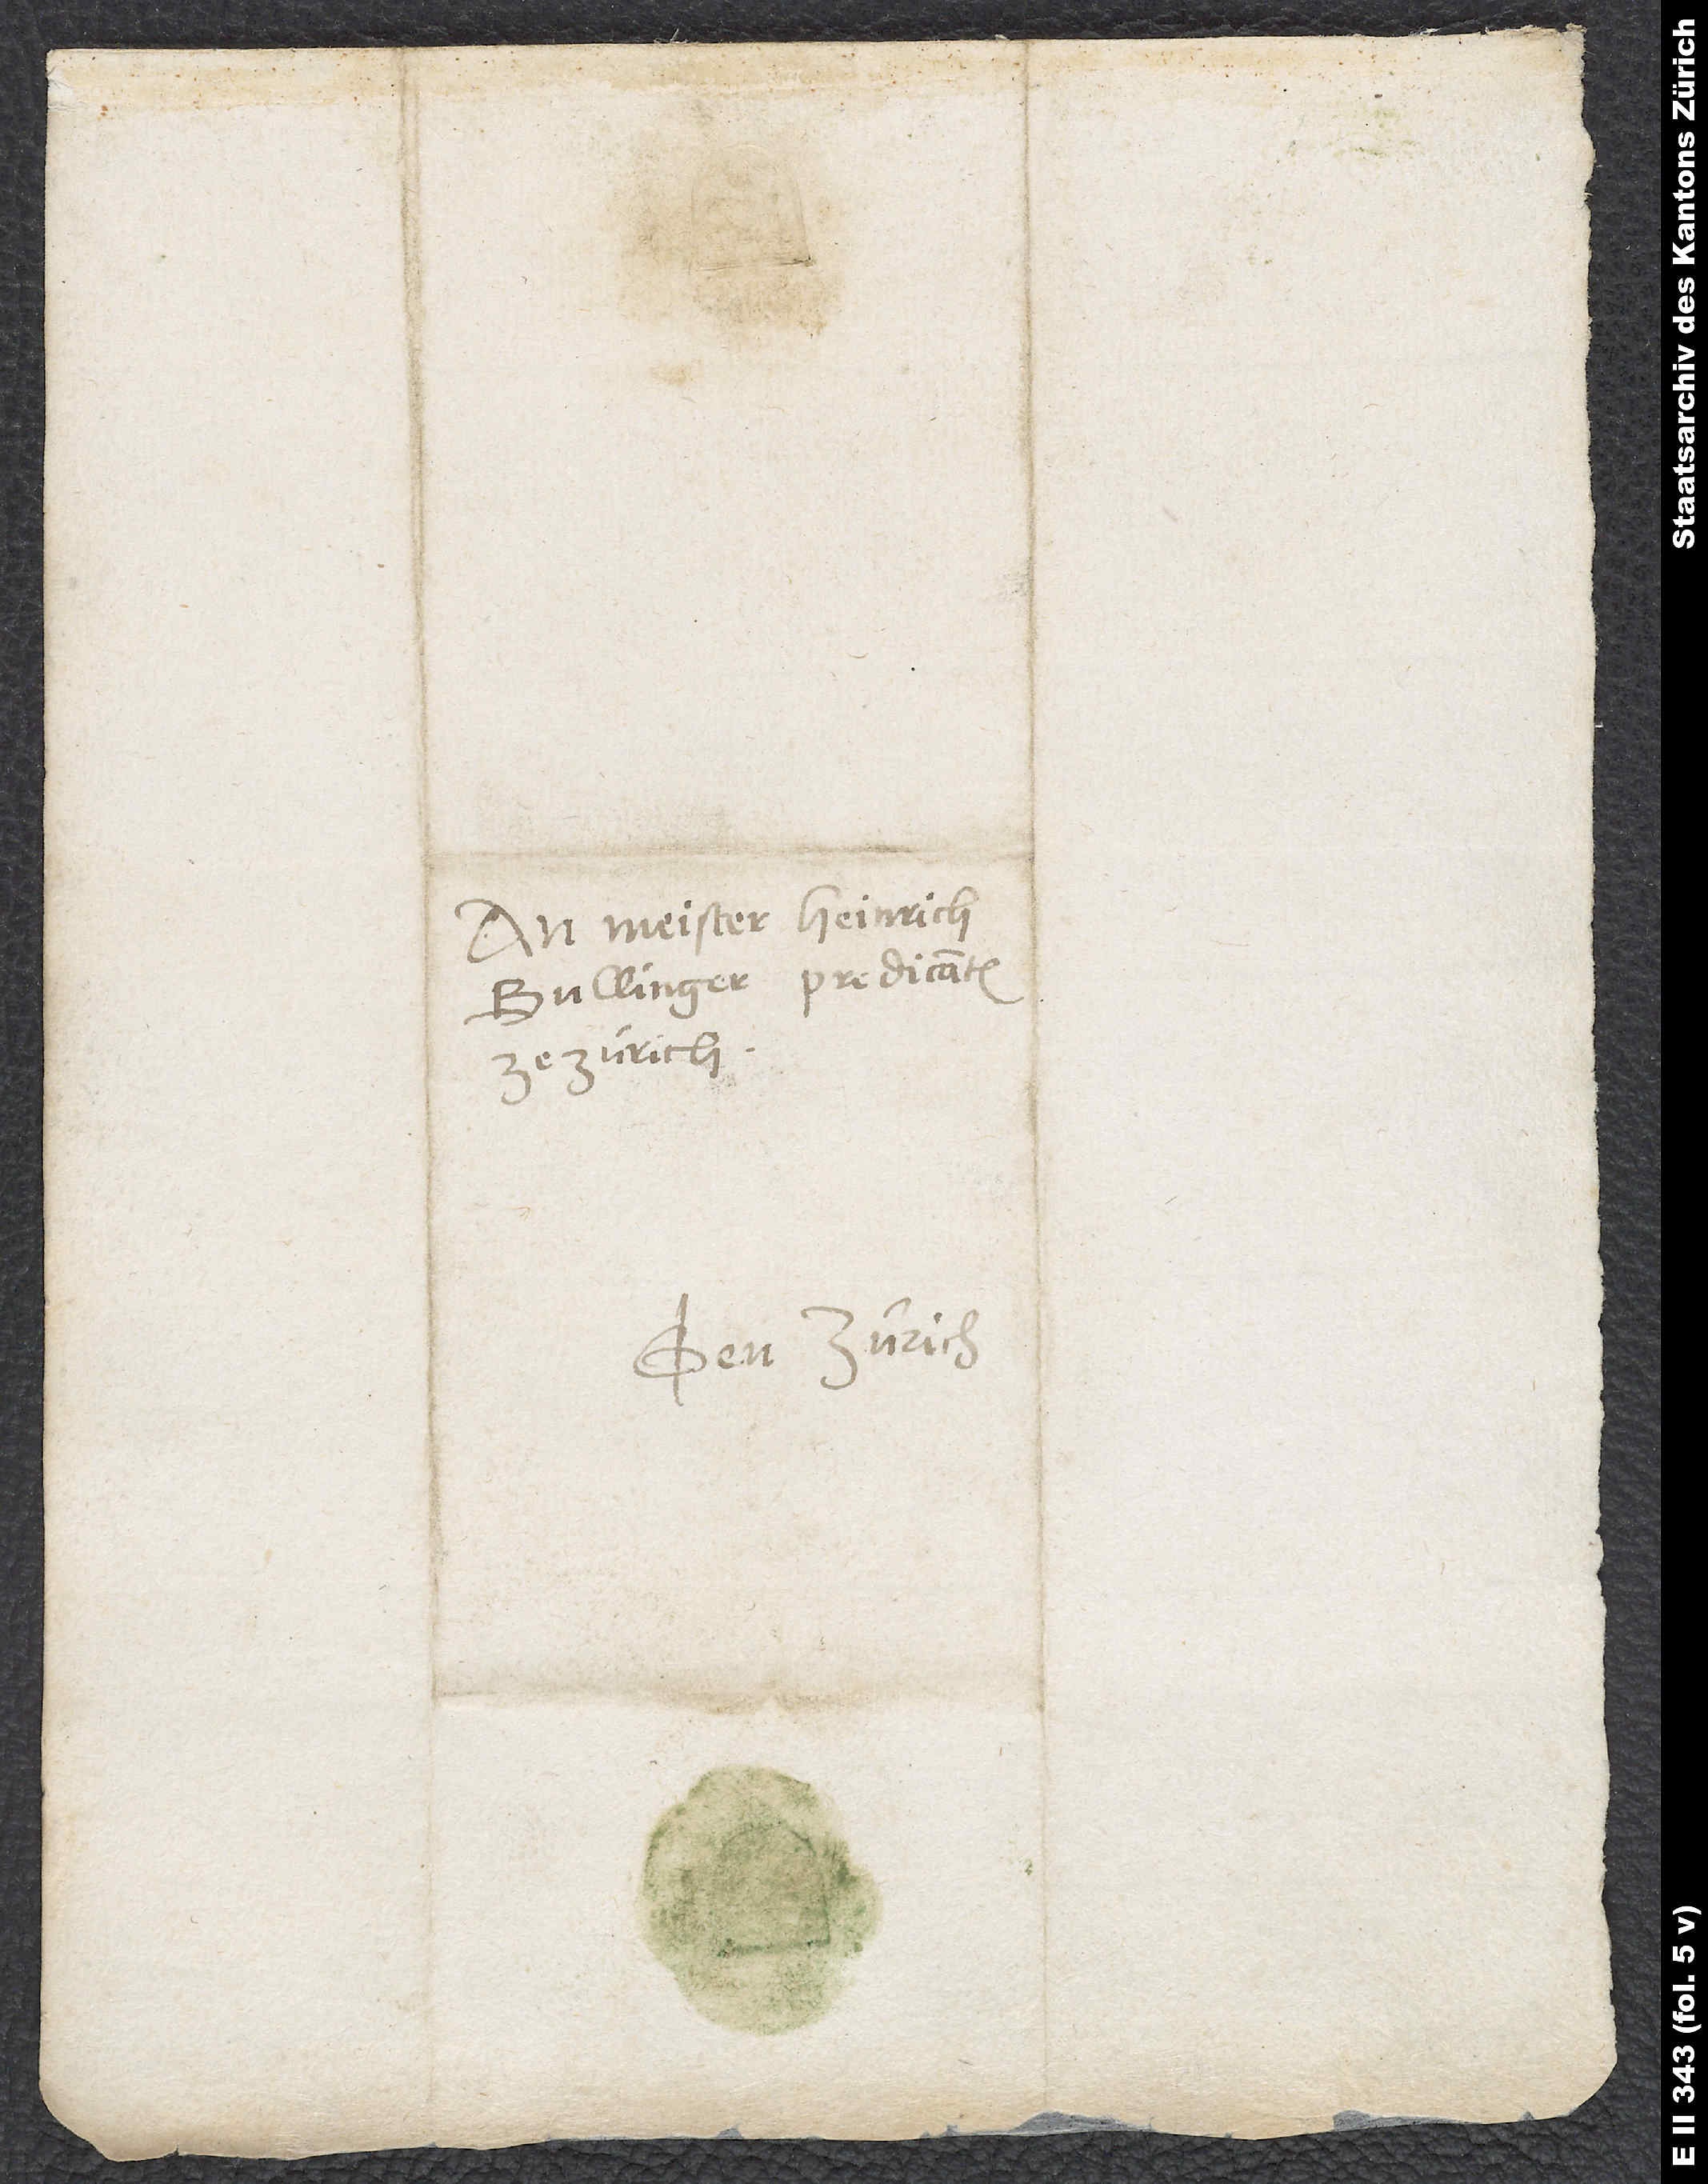
An Meister Heinrich
Bullinger, predicanten
ze Zürich.
Gen Zürich.